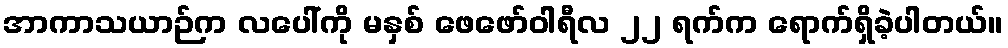
အာကာသယာဉ်က လပေါ်ကို မနှစ် ဖေဖော်ဝါရီလ ၂၂ ရက်က ရောက်ရှိခဲ့ပါတယ်။